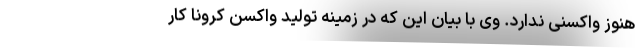
هنوز واکسنی ندارد. وی با بیان این که در زمینه تولید واکسن کرونا کار